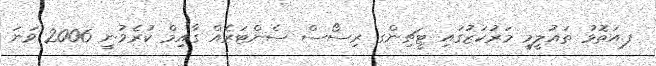
ފ.އަތޮޅު ތައުލީމީ މަރުކަޒުގައި ޓީޗިންގ ރިސޯސް ސެންޓަރެއް ގާއިމް ކުރެވުނީ 2006 ވަނަ